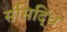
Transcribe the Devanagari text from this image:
संसिद्धिं